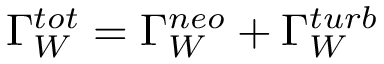
\Gamma _ { W } ^ { t o t } = \Gamma _ { W } ^ { n e o } + \Gamma _ { W } ^ { t u r b }